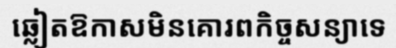
ឆ្លៀតឱកាសមិនគោរពកិច្ចសន្យាទេ